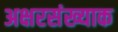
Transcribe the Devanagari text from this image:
अक्षरसंख्याक